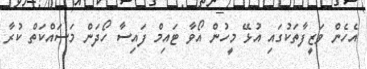
އެހެން ވަޒީފާތަކުގައި އުޅޭ މީހުން އޯވާ ޓައިމް ފައިސާ ހޯދަން މަސައްކަތް ކުރާ